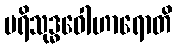
ပရိသုဒ္ဓဝေါဟာရောတိ